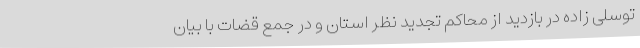
توسلی زاده در بازدید از محاکم تجدید نظر استان و در جمع قضات با بیان